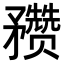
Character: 𥎝